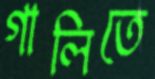
গালিতে